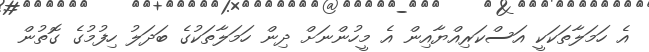
އެ ހަމަލާތަކަކީ އަސްކަރިއްޔާއިން އެ މީހުންނަށް ދިން ހަމަލާތަކުގެ ބަދަލު ހިފުމުގެ ގޮތުން